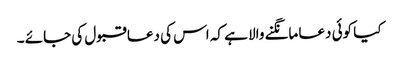
کیا کوئی دعا مانگنے والا ہے کہ اس کی دعا قبول کی جائے ۔